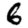
Digit: 6